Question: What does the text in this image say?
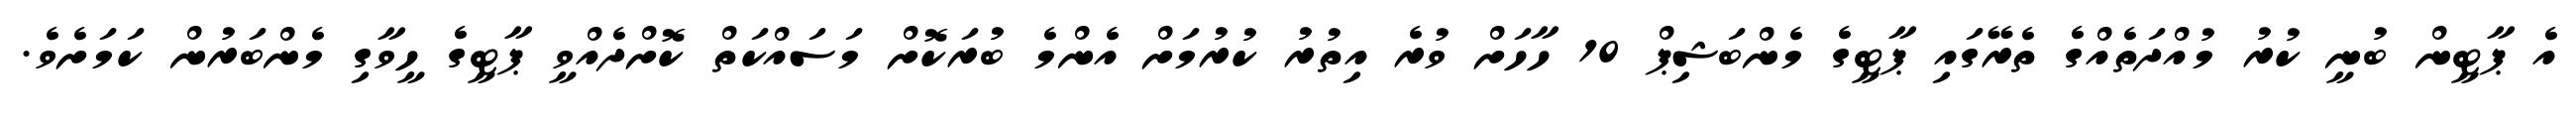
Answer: އެ ޕާޓީން ބުނީ ކުރު މުއްދަތެއްގެ ތެރޭގައި ޕާޓީގެ މެންބަޝިޕް 10 ހާހަށް ވުރެ އިތުރު ކުރުމަށް އެންމެ ބުރަކޮށް މަސައްކަތް ކޮށްދެއްވީ ޕާޓީގެ ހީވާގި މެންބަރުން ކަމަށެވެ.